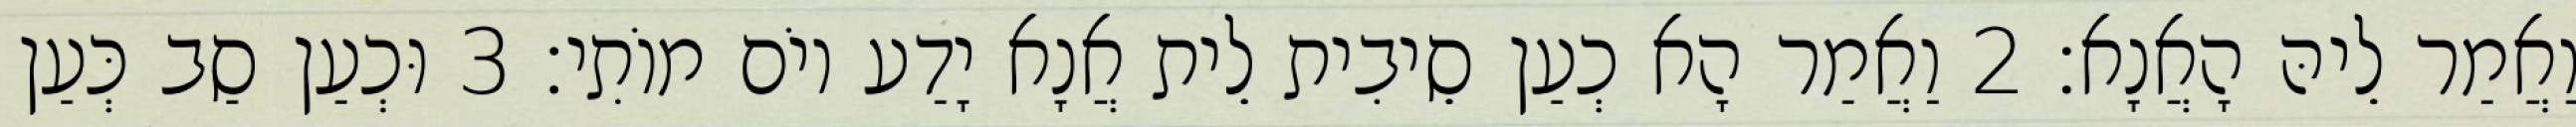
וַאֲמַר לֵיהּ הָאֲנָא׃ 2 וַאֲמַר הָא כְעַן סֵיבִית לֵית אֲנָא יָדַע יוֹם מוֹתִי׃ 3 וּכְעַן סַב כְּעַן